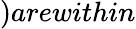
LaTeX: )arewithin